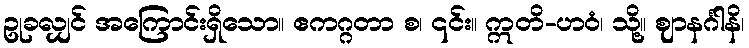
ဥုခလျှင် အကြောင်းရှိသော။ ဧကဂ္ဂတာ စ၊ ၎င်း။ ဣတိ-ဟဝံ၊ သို့။ ဈာနင်္ဂါနိ၊